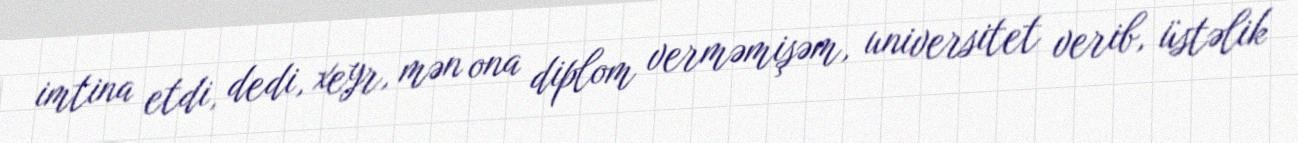
imtina etdi, dedi, xeyr, mən ona diplom verməmişəm, universitet verib, üstəlik